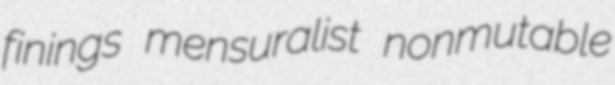
finings mensuralist nonmutable